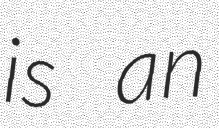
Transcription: is an